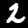
Digit: 2